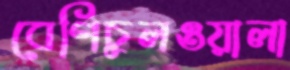
বেণিচুলওয়ালা